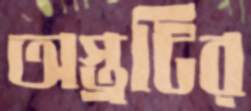
অস্ত্রটির